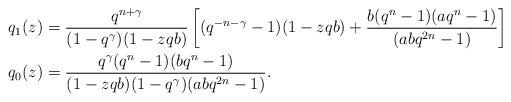
LaTeX: \begin{align*}q_1(z)&=\frac{q^{n+\gamma}}{(1-q^\gamma) (1-zqb)}\left[(q^{-n-\gamma}-1)(1-zqb)+\frac{b(q^n-1)(aq^n-1)}{(abq^{2n}-1)}\right]\\ \ q_0(z)&=\frac{q^{\gamma}(q^{n}-1)(bq^n-1)}{ (1-zqb)(1-q^\gamma)(abq^{2n}-1)}. \end{align*}